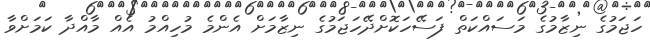
ހަޖަމުގެ ނިޒާމުގެ މަސައްކަތް ފަސޭހަކޮށްދޭހަޖަމުގެ ނިޒާމަށް އެންމެ މުހިއްމު އެއް މާއްދާ ކަމަށްވާ